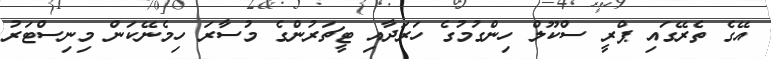
އޭގެ ތެރޭގައި ޕްރީ ސްކޫލް ހިންގުމުގެ ހަރަދާއި ޓީޗަރުންގެ މުސާރަ ހިމެނޭކަން މިނިސްޓަރު